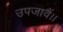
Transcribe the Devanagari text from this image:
उपजावैं।।